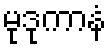
မုဒုကာနံ